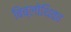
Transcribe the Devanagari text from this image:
बिब्लोथिका